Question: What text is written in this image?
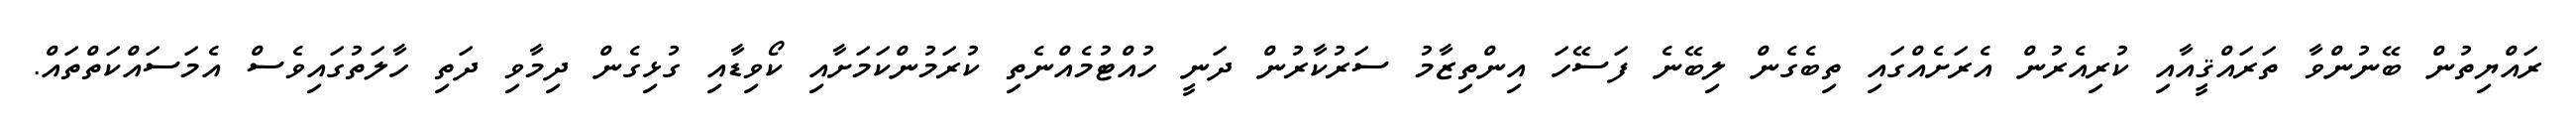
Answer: ރައްޔިތުން ބޭނުންވާ ތަރައްޤީއާއި ކުރިއެރުން އެރަށެއްގައި ތިބެގެން ލިބޭނެ ފަސޭހަ އިންތިޒާމު ސަރުކާރުން ދަނީ ހުއްޓުމެއްނެތި ކުރަމުންކަމަށާއި ކޯވިޑާއި ގުޅިގެން ދިމާވި ދަތި ހާލަތުގައިވެސް އެމަސައްކަތްތައް.